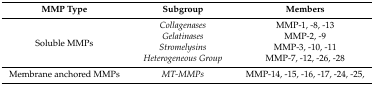
<table><thead><tr><td><b>MMP Type</b></td><td><b>Subgroup</b></td><td><b>Members</b></td></tr></thead><tbody><tr><td rowspan="4">Soluble MMPs</td><td><i>Collagenases</i></td><td>MMP-1, -8, -13</td></tr><tr><td><i>Gelatinases</i></td><td>MMP-2, -9</td></tr><tr><td><i>Stromelysins</i></td><td>MMP-3, -10, -11</td></tr><tr><td><i>Heterogeneous Group</i></td><td>MMP-7, -12, -26, -28</td></tr><tr><td>Membrane anchored MMPs</td><td><i>MT-MMPs</i></td><td>MMP-14, -15, -16, -17, -24, -25,</td></tr></tbody></table>